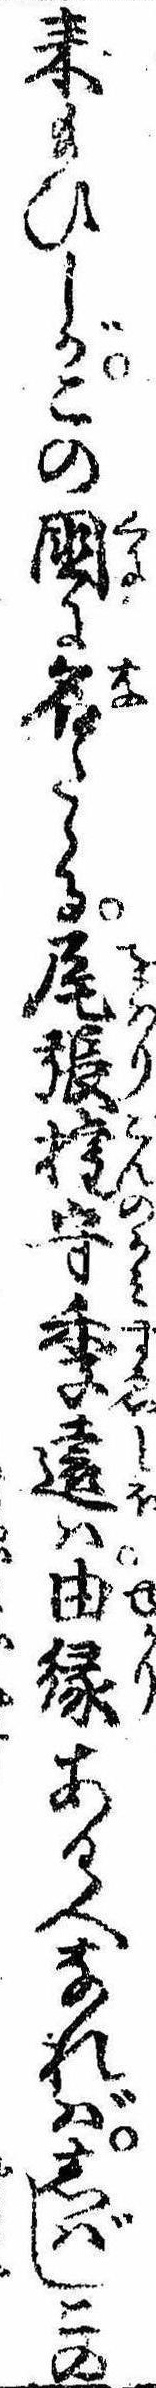
来給ひしがこの国に名たゝる尾張権守季遠は由縁ある人なればしばしこの